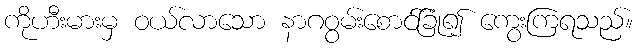
ကိုဟီးမားမှ ဝယ်လာသော နာဂဝွမ်းစောင်ခြုံ၍ ကွေးကြရသည်။